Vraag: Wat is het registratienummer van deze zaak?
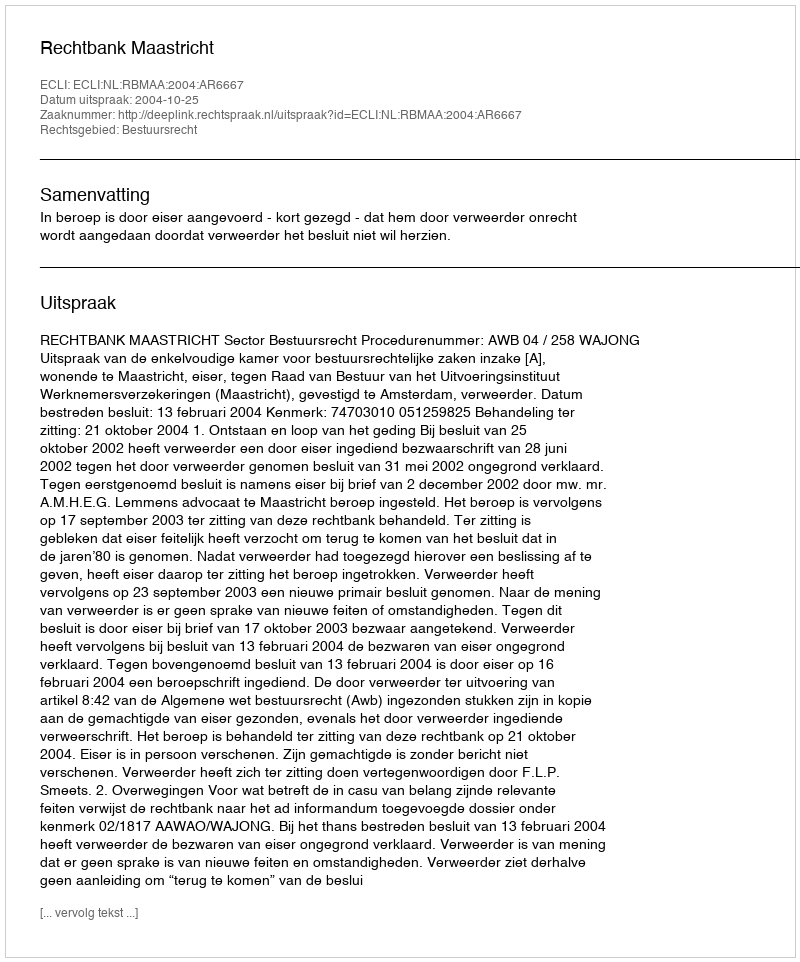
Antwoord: http://deeplink.rechtspraak.nl/uitspraak?id=ECLI:NL:RBMAA:2004:AR6667